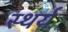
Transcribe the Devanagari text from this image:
स्थर्य